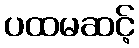
ပထမဆင့်